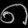
Digit: ၈